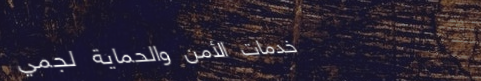
خدمات الأمن والحماية لجمي